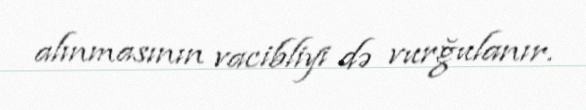
alınmasının vacibliyi də vurğulanır.